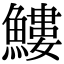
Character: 䱾